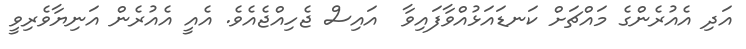
އަދި އެއުރެންގެ މައްޗަށް ކަނޑައަޅުއްވާފައިވާ  އައިސް ޖެހިއްޖެއެވެ. އެއީ އެއުރެން އަނިޔާވެރިވީ